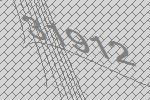
31912